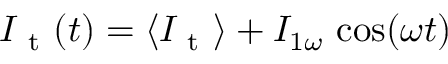
I _ { \mathrm { ~ t ~ } } ( t ) = \langle I _ { \mathrm { ~ t ~ } } \rangle + I _ { 1 \omega } \, \cos ( \omega t )